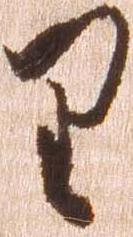
り